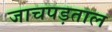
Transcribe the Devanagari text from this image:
जाचपड़ताल